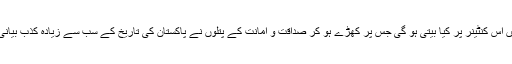
معلوم نہیں اس کنٹینر پر کیا بیتی ہو گی جس پر کھڑے ہو کر صداقت و امانت کے پتلوں نے پاکستان کی تاریخ کے سب سے زیادہ کذب بیانی کی ہے۔